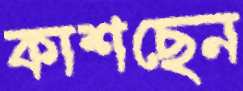
কাশছেন